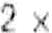
2 X